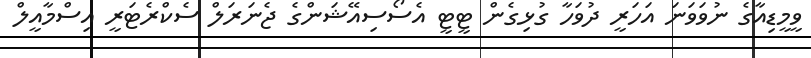
ވީމީޑިއާގެ ނުވަވަނަ އަހަރީ ދުވަހާ ގުޅިގެން ޓީޓީ އެސޯސިއޭޝަންގެ ޖެނަރަލް ސެކްރެޓަރީ އިސްމާއީލް